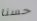
حسنا